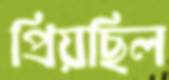
প্রিয়ছিল